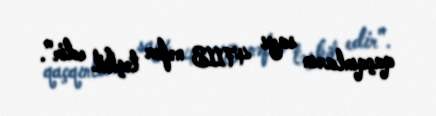
qaçqınların sayı 47113 nəfər təşkil edir".